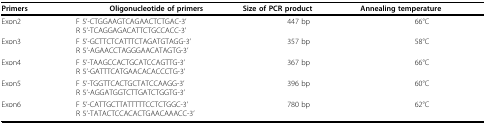
| Primers | Oligonucleotide of primers | Size of PCR product | Annealing temperature |
 | --- | --- | --- | --- |
 | Exon2 | F 5'-CTGGAAGTCAGAACTCTGAC-3'R 5'-TCAGGAGACATTCTGCCACC-3' | 447 bp | 66°C |
 | Exon3 | F 5'-GCTTCTCATTTCTAGATGTAGG-3'R 5'-AGAACCTAGGGAACATAGTG-3' | 357 bp | 58°C |
 | Exon4 | F 5'-TAAGCCACTGCATCCAGTTG-3'R 5'-GATTTCATGAACACACCCTG-3' | 367 bp | 66°C |
 | Exon5 | F 5'-TGGTTCACTGCTATCCAAGG-3'R 5'-AGGATGGTCTTGATCTGGTG-3' | 396 bp | 60°C |
 | Exon6 | F 5'-CATTGCTTATTTTTCCTCTGGC-3'R 5'-TATACTCCACACTGAACAAACC-3' | 780 bp | 62°C |